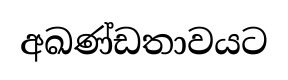
අඛණ්ඩතාවයට